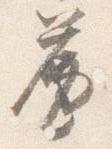
簾